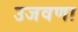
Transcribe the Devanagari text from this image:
उजवणा